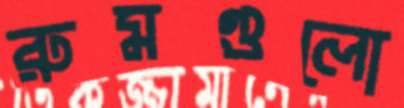
রুমগুলো